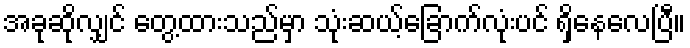
အခုဆိုလျှင် တွေ့ထားသည်မှာ သုံးဆယ့်ခြောက်လုံးပင် ရှိနေလေပြီ။